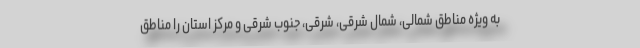
به ویژه مناطق شمالی، شمال شرقی، شرقی، جنوب شرقی و مرکز استان را مناطق